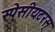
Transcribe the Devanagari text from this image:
स्पेसीयटरस्